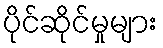
ပိုင်ဆိုင်မှုများ